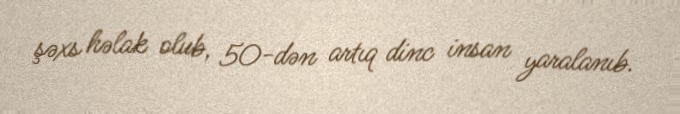
şəxs həlak olub, 50-dən artıq dinc insan yaralanıb.